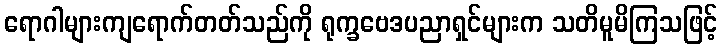
ရောဂါများကျရောက်တတ်သည်ကို ရုက္ခဗေဒပညာရှင်များက သတိမူမိကြသဖြင့်